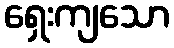
ရှေးကျသော